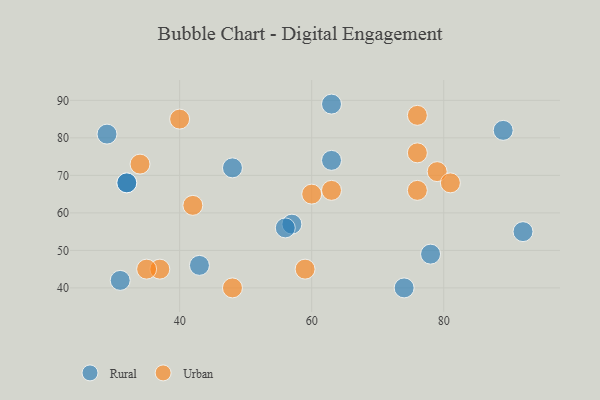
{"axis": {"x": "GDP", "y": "Life Expectancy"}, "legend": ["Rural", "Urban"], "data": [{"x": "29", "y": 81, "type": "Rural"}, {"x": "48", "y": 72, "type": "Rural"}, {"x": "32", "y": 68, "type": "Rural"}, {"x": "43", "y": 46, "type": "Rural"}, {"x": "57", "y": 57, "type": "Rural"}, {"x": "63", "y": 89, "type": "Rural"}, {"x": "32", "y": 68, "type": "Rural"}, {"x": "74", "y": 40, "type": "Rural"}, {"x": "63", "y": 74, "type": "Rural"}, {"x": "31", "y": 42, "type": "Rural"}, {"x": "92", "y": 55, "type": "Rural"}, {"x": "78", "y": 49, "type": "Rural"}, {"x": "56", "y": 56, "type": "Rural"}, {"x": "89", "y": 82, "type": "Rural"}, {"x": "40", "y": 85, "type": "Urban"}, {"x": "34", "y": 73, "type": "Urban"}, {"x": "76", "y": 66, "type": "Urban"}, {"x": "37", "y": 45, "type": "Urban"}, {"x": "63", "y": 66, "type": "Urban"}, {"x": "76", "y": 76, "type": "Urban"}, {"x": "42", "y": 62, "type": "Urban"}, {"x": "79", "y": 71, "type": "Urban"}, {"x": "81", "y": 68, "type": "Urban"}, {"x": "60", "y": 65, "type": "Urban"}, {"x": "35", "y": 45, "type": "Urban"}, {"x": "59", "y": 45, "type": "Urban"}, {"x": "48", "y": 40, "type": "Urban"}, {"x": "76", "y": 86, "type": "Urban"}]}